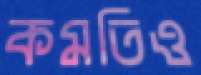
কমতিও